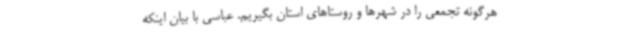
هرگونه تجمعی را در شهرها و روستاهای استان بگیریم. عباسی با بیان اینکه